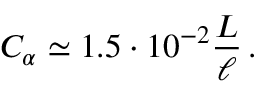
C _ { \alpha } \simeq 1 . 5 \cdot 1 0 ^ { - 2 } \frac { L } { \ell } \, .